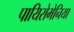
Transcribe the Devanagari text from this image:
पायिरोमेनिया